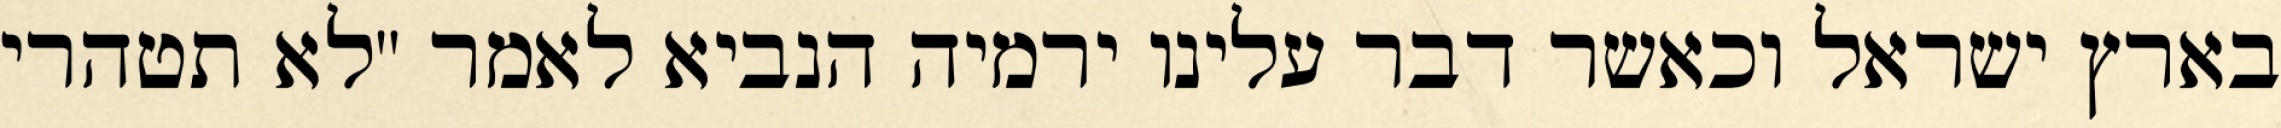
בארץ ישראל וכאשר דבר עלינו ירמיה הנביא לאמר "לא תטהרי